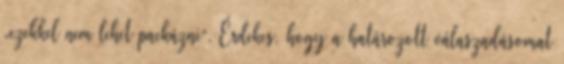
„ezekkel nem lehet packázni”. Érdekes, hogy a határozott válaszadásomat